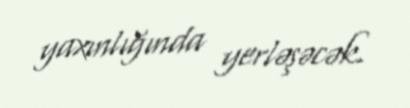
yaxınlığında yerləşəcək.